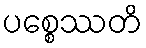
ပစ္စေဿတိ